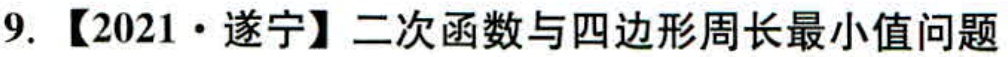
9. 【2021·遂宁】二次函数与四边形周长最小值问题